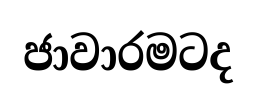
ජාවාරමටද